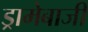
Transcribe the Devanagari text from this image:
ड्रामेबाजी